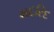
મદરિદ